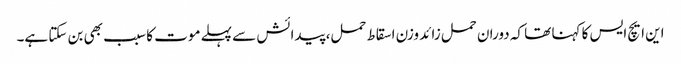
این ایچ ایس کا کہنا تھا کہ دوران حمل زائد وزن اسقاط حمل، پیدائش سے پہلے موت کا سبب بھی بن سکتا ہے۔